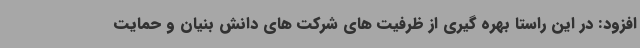
افزود: در این راستا بهره گیری از ظرفیت های شرکت های دانش بنیان و حمایت